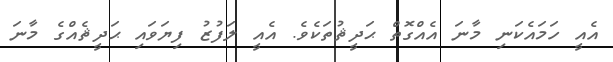
އެއީ ހަމައެކަނި މާނަ އެއްގޮތް ޙަދީޘުތަކެވެ. އެއީ ލަފުޒު ފިޔަވައި ޙަދީޘެއްގެ މާނަ